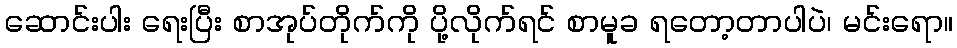
ဆောင်းပါး ရေးပြီး စာအုပ်တိုက်ကို ပို့လိုက်ရင် စာမူခ ရတော့တာပါပဲ၊ မင်းရော။